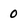
Character: 0